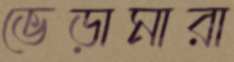
ভেড়ামারা